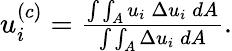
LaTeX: \begin{array}{r}{u_{i}^{(c)}=\frac{\int\int_{A}u_{i}\: \Delta u_{i}\: dA}{\int\int_{A}\Delta u_{i}\: dA}.}\end{array}